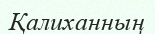
Қалиханның